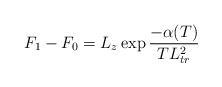
\begin{align*}F_1-F_0=L_z\exp{-\alpha(T)\over T L_{tr}^2}\end{align*}